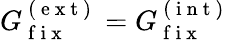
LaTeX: G_{\mathrm{~f~i~x~}}^{\mathrm{~(~e~x~t~)~}}=G_{\mathrm{~f~i~x~}}^{\mathrm{~(~i~n~t~)~}}